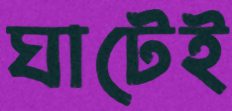
ঘাটেই